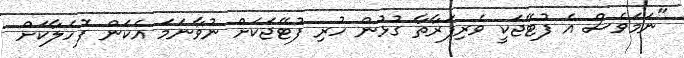
"ނަމަވެސް އެ ފުޓޭޖަކީ ވެރިފަރާތާ ގުޅުން ހުރި ފުޓޭޖަކަށް ނުވާނަމަ އެކަން ފޮހެލާކަށް